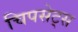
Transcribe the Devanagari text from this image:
चिपसेट्स